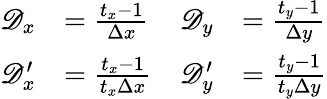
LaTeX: \begin{array}{rlrl}{\mathscr D_{x}}&{=\frac{t_{x}-1}{\Delta x}}&{\mathscr D_{y}}&{=\frac{t_{y}-1}{\Delta y}}\\ {\mathscr D_{x}^{\prime}}&{=\frac{t_{x}-1}{t_{x}\Delta x}}&{\mathscr D_{y}^{\prime}}&{=\frac{t_{y}-1}{t_{y}\Delta y}}\end{array}